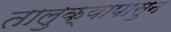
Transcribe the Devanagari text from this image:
तालुक्यापासुन